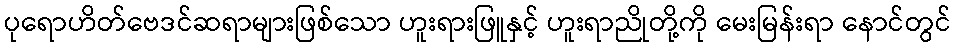
ပုရောဟိတ်ဗေဒင်ဆရာများဖြစ်သော ဟူးရားဖြူနှင့် ဟူးရာညိုတို့ကို မေးမြန်းရာ နောင်တွင်